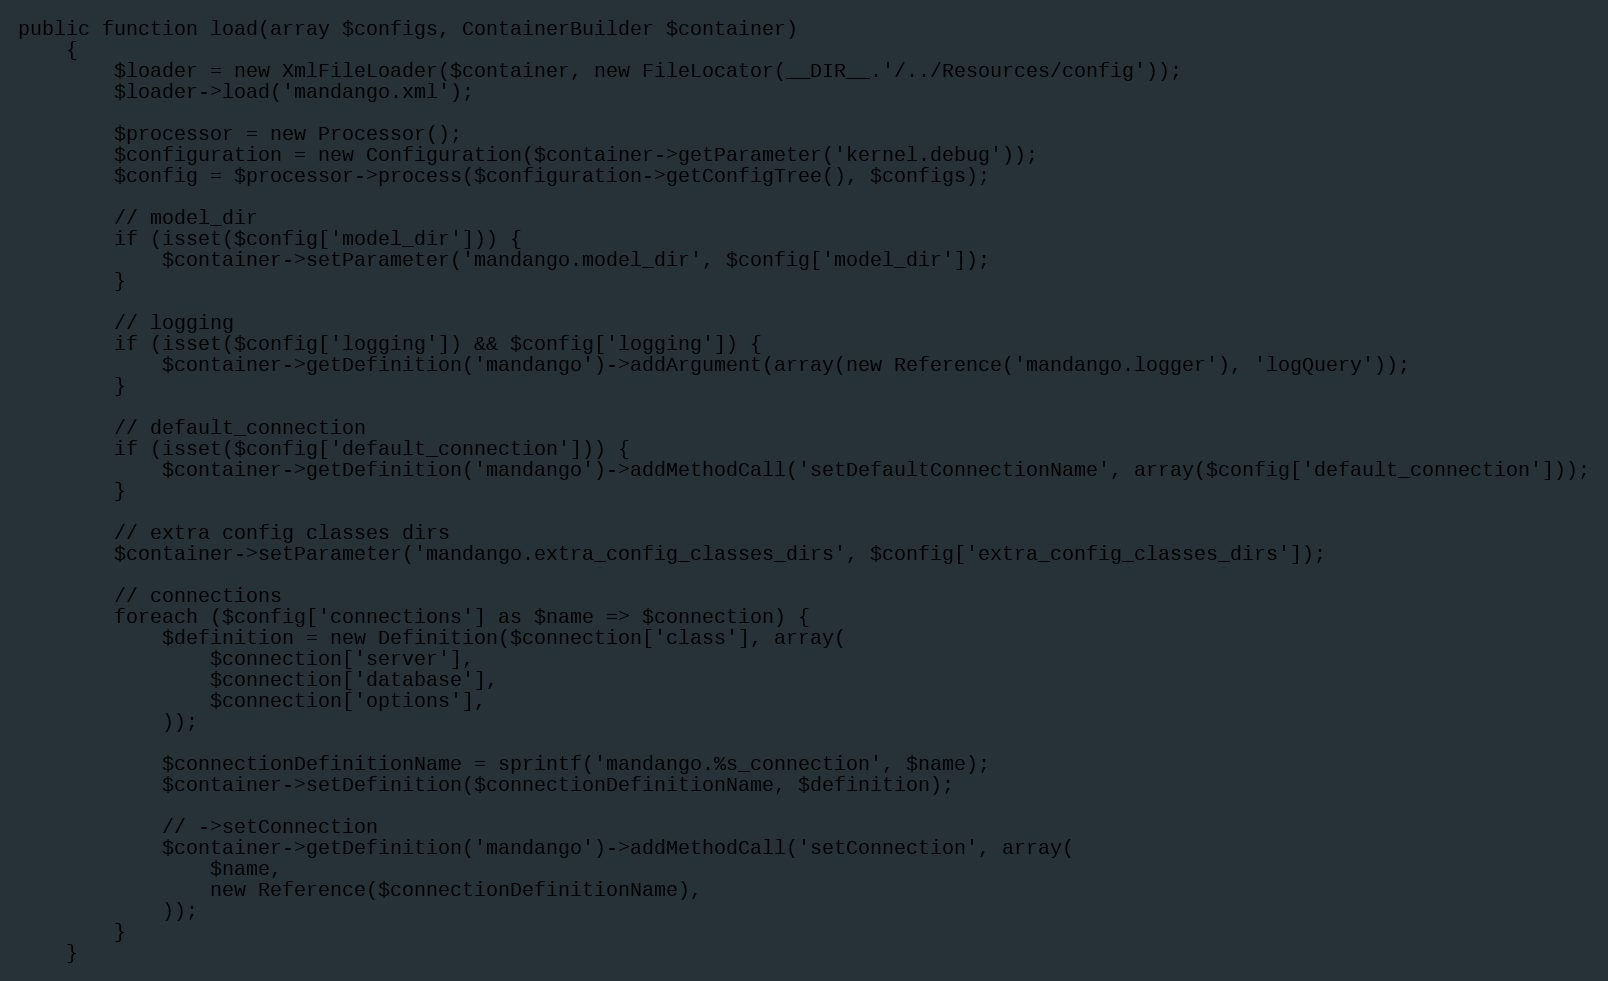
Language: PHP
public function load(array $configs, ContainerBuilder $container)
    {
        $loader = new XmlFileLoader($container, new FileLocator(__DIR__.'/../Resources/config'));
        $loader->load('mandango.xml');

        $processor = new Processor();
        $configuration = new Configuration($container->getParameter('kernel.debug'));
        $config = $processor->process($configuration->getConfigTree(), $configs);

        // model_dir
        if (isset($config['model_dir'])) {
            $container->setParameter('mandango.model_dir', $config['model_dir']);
        }

        // logging
        if (isset($config['logging']) && $config['logging']) {
            $container->getDefinition('mandango')->addArgument(array(new Reference('mandango.logger'), 'logQuery'));
        }

        // default_connection
        if (isset($config['default_connection'])) {
            $container->getDefinition('mandango')->addMethodCall('setDefaultConnectionName', array($config['default_connection']));
        }

        // extra config classes dirs
        $container->setParameter('mandango.extra_config_classes_dirs', $config['extra_config_classes_dirs']);

        // connections
        foreach ($config['connections'] as $name => $connection) {
            $definition = new Definition($connection['class'], array(
                $connection['server'],
                $connection['database'],
                $connection['options'],
            ));

            $connectionDefinitionName = sprintf('mandango.%s_connection', $name);
            $container->setDefinition($connectionDefinitionName, $definition);

            // ->setConnection
            $container->getDefinition('mandango')->addMethodCall('setConnection', array(
                $name,
                new Reference($connectionDefinitionName),
            ));
        }
    }